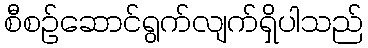
စီစဉ်ဆောင်ရွက်လျက်ရှိပါသည်